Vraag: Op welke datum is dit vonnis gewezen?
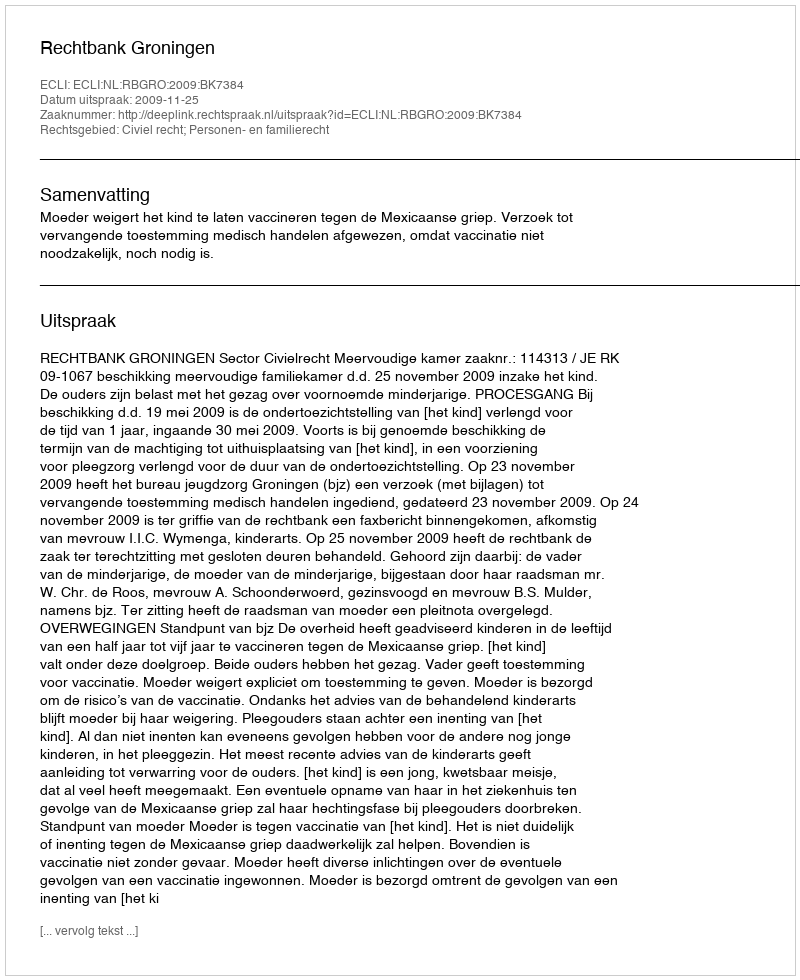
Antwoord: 2009-11-25